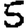
Digit: 5